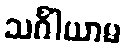
သင်္ဂါယာမ